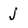
Character: j